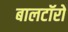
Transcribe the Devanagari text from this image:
बालटॉरो